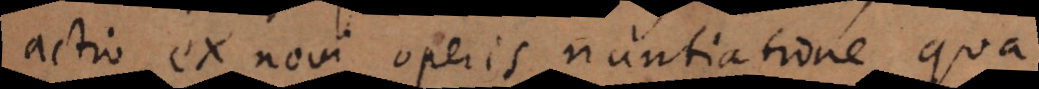
actio ex novi operis nuntiatione qua